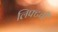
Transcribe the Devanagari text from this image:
लिफ्टची